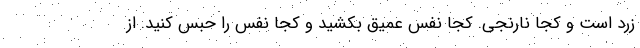
زرد است و کجا نارنجی. کجا نفس عمیق بکشید و کجا نفس را حبس کنید. از